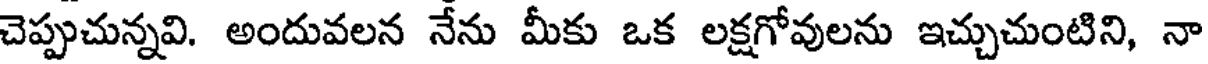
చెప్పుచున్నవి. అందువలన నేను మీకు ఒక లక్షగోవులను ఇచ్చుచుంటిని, నా